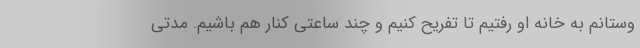
وستانم به خانه او رفتیم تا تفریح کنیم و چند ساعتی کنار هم باشیم. مدتی